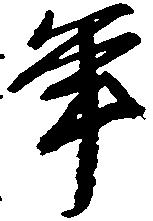
年